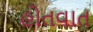
હોતવાત